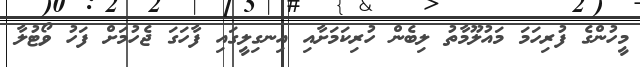
މީހުންގެ ފުރިހަމަ މައުލޫމާތު ލިބެން ހުރިކަމަށާއި އިނގިލީގައި ފާހަގަ ޖެހުމަށް ފަހު ވޯޓުލާ